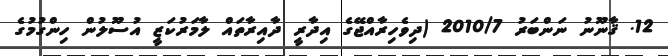
12. ޤާނޫނު ނަންބަރު 2010/7 (ދިވެހިރާއްޖޭގެ އިދާރީ ދާއިރާތައް ލާމަރުކަޒީ އުސޫލުން ހިންގުމުގެ